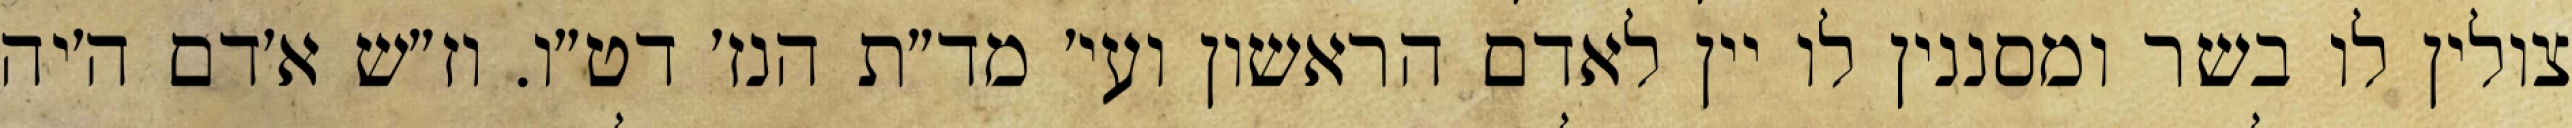
צולין לו בשר ומסננין לו יין לאדם הראשון ועי׳ מד״ת הנז׳ דט״ו. וז״ש א׳דם ה׳יה